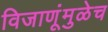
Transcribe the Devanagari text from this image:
विजाणूंमुळेच